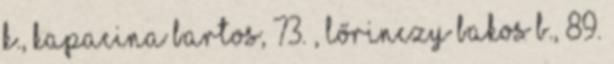
K., Kapacina Bartos, 73. , Lőrinczy Bakos B., 89.